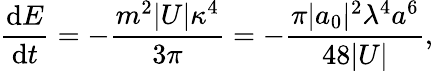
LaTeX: \frac{\mathrm{d}E}{\mathrm{d}t}=-\frac{m^{2}|U|\kappa^{4}}{3\pi}=-\frac{\pi|a_{0}|^{2}\lambda^{4}a^{6}}{48|U|},